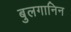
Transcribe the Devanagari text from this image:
बुलगानिन